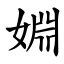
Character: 婣